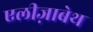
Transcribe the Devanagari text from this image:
एलीज़ाबेथ